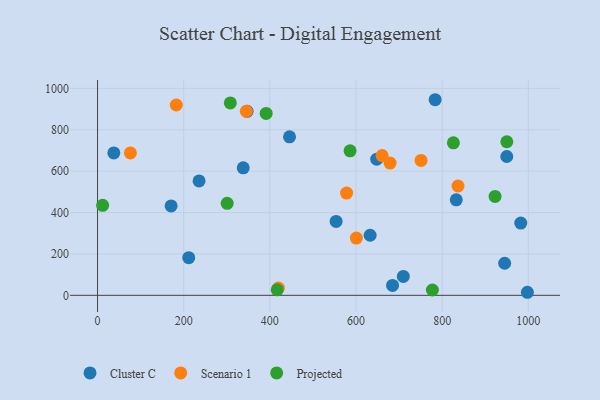
{"axis": {"x": "Price", "y": "Sales"}, "legend": ["Cluster C", "Projected", "Scenario 1"], "data": [{"x": "211.7", "y": 182.1, "type": "Cluster C"}, {"x": "37.8", "y": 688.3, "type": "Cluster C"}, {"x": "684.8", "y": 47.7, "type": "Cluster C"}, {"x": "982.5", "y": 349.1, "type": "Cluster C"}, {"x": "445.7", "y": 765.7, "type": "Cluster C"}, {"x": "832.7", "y": 461.6, "type": "Cluster C"}, {"x": "945.1", "y": 155.0, "type": "Cluster C"}, {"x": "338.2", "y": 616.0, "type": "Cluster C"}, {"x": "170.8", "y": 431.8, "type": "Cluster C"}, {"x": "950.0", "y": 670.8, "type": "Cluster C"}, {"x": "235.7", "y": 552.8, "type": "Cluster C"}, {"x": "632.8", "y": 290.4, "type": "Cluster C"}, {"x": "347.2", "y": 889.2, "type": "Cluster C"}, {"x": "553.8", "y": 357.3, "type": "Cluster C"}, {"x": "997.8", "y": 14.8, "type": "Cluster C"}, {"x": "783.7", "y": 945.1, "type": "Cluster C"}, {"x": "709.8", "y": 91.4, "type": "Cluster C"}, {"x": "648.1", "y": 657.8, "type": "Cluster C"}, {"x": "578.1", "y": 494.2, "type": "Scenario 1"}, {"x": "600.8", "y": 276.6, "type": "Scenario 1"}, {"x": "660.6", "y": 675.5, "type": "Scenario 1"}, {"x": "345.4", "y": 889.5, "type": "Scenario 1"}, {"x": "836.8", "y": 528.3, "type": "Scenario 1"}, {"x": "679.1", "y": 639.1, "type": "Scenario 1"}, {"x": "751.0", "y": 651.9, "type": "Scenario 1"}, {"x": "419.8", "y": 35.1, "type": "Scenario 1"}, {"x": "182.8", "y": 919.6, "type": "Scenario 1"}, {"x": "76.3", "y": 688.0, "type": "Scenario 1"}, {"x": "391.4", "y": 878.7, "type": "Projected"}, {"x": "826.1", "y": 737.0, "type": "Projected"}, {"x": "417.1", "y": 26.7, "type": "Projected"}, {"x": "950.1", "y": 742.1, "type": "Projected"}, {"x": "586.2", "y": 698.2, "type": "Projected"}, {"x": "777.3", "y": 25.7, "type": "Projected"}, {"x": "308.2", "y": 929.8, "type": "Projected"}, {"x": "300.9", "y": 444.6, "type": "Projected"}, {"x": "922.8", "y": 478.1, "type": "Projected"}, {"x": "11.8", "y": 434.9, "type": "Projected"}]}